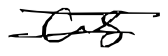
Text: as
Cross-out: double-line
Writing tool: digital_black